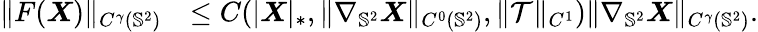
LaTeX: \begin{array}{rl}{\| F(\boldsymbol{X})\| _{C^{\gamma}(\mathbb{S}^{2})}}&{\leq C(|\boldsymbol{X}|_{*},\| \nabla_{\mathbb{S}^{2}}\boldsymbol{X}\| _{C^{0}(\mathbb{S}^{2})},\| \mathcal{T}\| _{C^{1}})\| \nabla_{\mathbb{S}^{2}}\boldsymbol{X}\| _{C^{\gamma}(\mathbb{S}^{2})}.}\end{array}